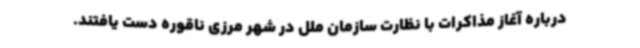
درباره آغاز مذاکرات با نظارت سازمان ملل در شهر مرزی ناقوره دست یافتند.